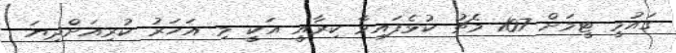
ގައުމީ ޓީމަށް 107 މެޗު ކުޅެފައިވާ ކިރާއީ އަކީ މި އަހަރު ކުރިއަށްދިޔަ